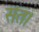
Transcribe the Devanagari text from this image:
संत।